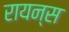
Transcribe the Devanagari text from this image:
रायन्स